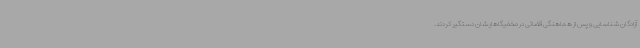
آزادگان شناسایی و پس از هماهنگی قضائی در مخفیگاهایشان دستگیر کردند.